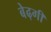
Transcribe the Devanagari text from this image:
बेढ़गी